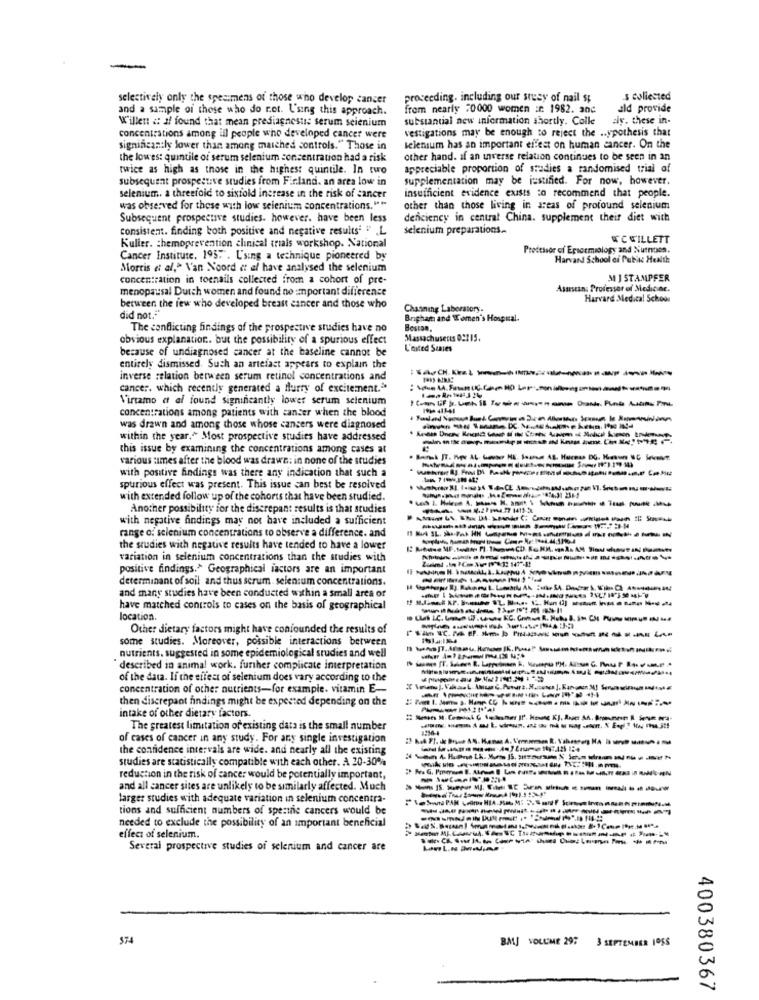
selectively only the spesimens of those who develop cancer
proceeding, including our stecy of nail st
s collected
and a sample of those who do ret. L'sing this approach.
from nearly 70000 women :c. 1982. and
ald provide
Willen &: if found that mean prediagnostic serum selenium
substantial new information shortly. Colle
siy. these in-
vestigations may be enough to reject the .. ypothesis that
concentrations among ill people who developed cancer were
significantly lower than among matched controls." Those in
selenium has an important effect on human cancer. On the
the lowest quintile of serum selenium concentration had a risk
other hand. af an inverse relation continues to be seen in an
twice as high as those in the highest quintile. In two
appreciable proportion of studies a randomised trial of
subsequent prospective studies from Finland. an area low in
supplementation may be justified. For now, however.
selenium. a threefoic to sixfold increase in the risk of cancer
insufficient evidence exists to recommend that people.
was observed for those with low selenium concentrations. ""
other than those living in areas of profound selenium
Subsequent prospective studies. however. have been less
denciency in central China. supplement their diet with
consistent. finding both positive and negative results' " L
selenium preparations.
WCWILLETT
Kuller. chemoprevention clinical trials workshop. National
Professor of Epsoemiology and Nutnoson.
Cancer Institute, 195.". Using a technique pioneered by
Harvard School of Public Health
Morris et al.> Van Noord d al have analysed the selenium
concentration in toenails collected from a cohort of pre-
M ] STAMPFER
menopausal Dutch women and found no important difference
Assistans Professor of Medicine.
Harvard Medical School
between the few who developed breast cancer and those who
Channing Laboratory-
did not.""
Brigham and Women's Honpual.
The conflicting findings of the prospective studies have no
Bostan.
obvious explanation .. but the possibility of a spurious effect
Massachusetts 02215.
because of undiagnosed cancer at the baseline cannot be
L'nited Santes
entirely dismissed. Such an artefact appears to explain the
inverse relation between serum retinol concentrations and
cancer. which recently generated a flurry of excitement."
Virtamo et al found significantly lower serum selenium
concentrations among patients with cancer when the blood
was drawn and among those whose cancers were diagnosed
within the year." Most prospective studies have addressed
this issue by examining the concentrations among cases at
various :imes after the blood was drawn: in none of the studies
with positive findings was there any indication that such a
spurious effect was present. This issue can best be resolved
with extended follow up of the cohorts that have been studied.
Another possibility for the discrepant results is that studies
with negative findings may not have included a sufficient
range of selenium concentrations to observe a difference. and
the studies with negative results have tended to have a lower
variation in selenium concentrations than the studies with
positive findings.> Geographical iactors are an important
determinant of soil and thus scrum. selen:um concentrations.
and many studies have been conducted within a small area of
have matched controls to cases on the basis of geographical
location.
Other dietary factors might have confounded the results of
some studies. Moreover, possible interactions between
nutrients. suggested in some epidemiological studies and well
described in animal work. further complicate interpretation
of the data. If the effect of selenium does vary according to the
concentration of other nutrients-for example. vitamin E-
then discrepant findings might be expected depending on the
intake of other dietary factor.
The greatest limitation of existing data is the small number
of cases of cancer in any study. For any single investigation
the confidence intervals are wide. and nearly all the existing
studies are statistically compatible with each other. A 20-30%
reduction in the risk of cancer would be potentially important,
and all cancer sites are unlikely to be similarly affected. Much
larger studies with adequate variation in selenium concentra-
tions and sufficient numbers of spentnie cancers would be
needed to exclude the possibility of an important beneficial
effect of selenium.
Several prospective studies of selenium and cancer are
$74
BMJ VOLUME 297 3 SEPTEMBER 1OSS
400380367